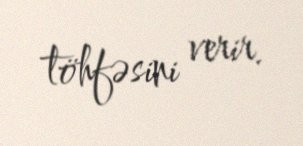
töhfəsini verir.